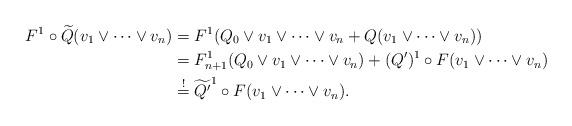
LaTeX: \begin{align*} F^1 \circ \widetilde{Q} (v_1 \vee \cdots \vee v_n)& =F^1 ( Q_0 \vee v_1 \vee \cdots \vee v_n + Q(v_1\vee \cdots \vee v_n)) \\& =F_{n+1}^1( Q_0 \vee v_1 \vee \cdots \vee v_n) + (Q')^1\circ F (v_1\vee \cdots \vee v_n) \\& \stackrel{!}{=}\widetilde{Q'}^1 \circ F(v_1\vee \cdots \vee v_n).\end{align*}